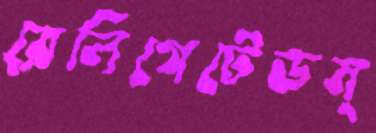
রেলিগেটেডম্